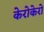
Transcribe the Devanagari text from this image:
केरोकेरो